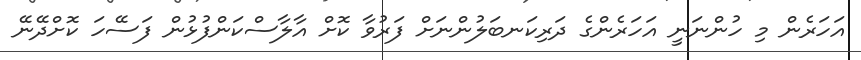
އަހަރެން މި ހުންނަނީ އަހަރެންގެ ދަރިކަނބަލުންނަށް ފަރުވާ ކޮށް އާލާސްކަންފުޅުން ފަސޭހަ ކޮށްދޭނޭ